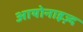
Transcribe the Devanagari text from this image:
आयोनाइज़्द